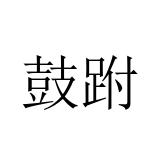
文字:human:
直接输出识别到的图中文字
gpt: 鼓跗